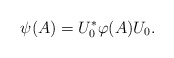
\begin{align*}\psi(A)=U_0^*\varphi(A)U_0.\end{align*}